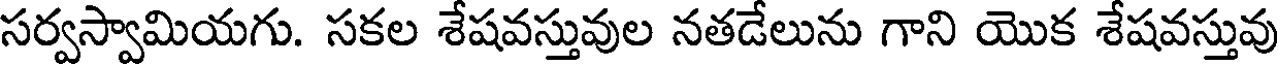
సర్వస్వామియగు. సకల శేషవస్తువుల నతడేలును గాని యొక శేషవస్తువు